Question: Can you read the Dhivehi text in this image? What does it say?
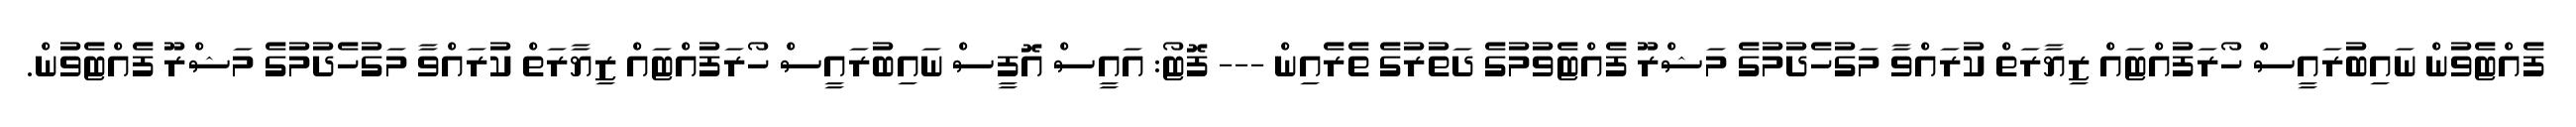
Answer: ފެއްޓެވުން ނައިބުރައީސް ހޯރަފުއްޓައް ޒިޔާރަތް ކުރައްވާ މަގުހެދުމުގެ މަޝްރޫ ފެއްޓެވުމުގެ ދަތުރުގެ ތެރެއިން --- ފޮޓޯ: އައީސް އޮފީސް ނައިބުރައީސް ހޯރަފުއްޓައް ޒިޔާރަތް ކުރައްވާ މަގުހެދުމުގެ މަޝްރޫ ފެއްޓެވުން.